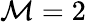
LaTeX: \mathcal{M}=2